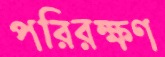
পরিরক্ষণ